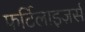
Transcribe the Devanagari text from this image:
फर्टिलाइज़र्स